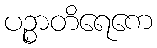
ပဉ္စာတိရေကေ